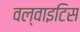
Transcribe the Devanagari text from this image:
वल्वाइटिस